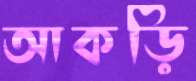
আকড়ি